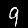
Label: 9